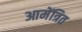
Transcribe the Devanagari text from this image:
आमेंत्रित